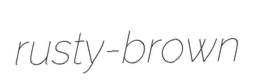
rusty-brown